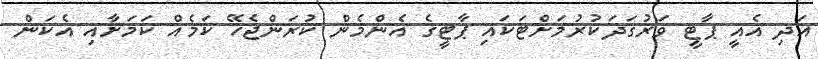
އަދި އެއީ ޕާޓީ ވަރުގަދަކުރުމަށްޓަކައި ޕާޓީގެ އެންމެން ކުރަންޖެހޭ ކަމެއް ކަމަށާއި އެކަން